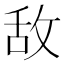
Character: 敌